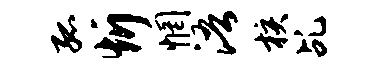
孤忻惘浯核乩